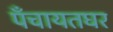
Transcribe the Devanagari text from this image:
पँचायतघर